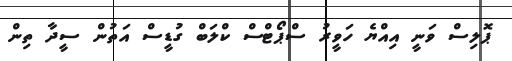
ޕޮލިސް ވަނީ އިއްޔެ ހަވީރު ސްޕޯޓްސް ކްލަބް ގުޑީސް އަތުން ސީދާ ތިން